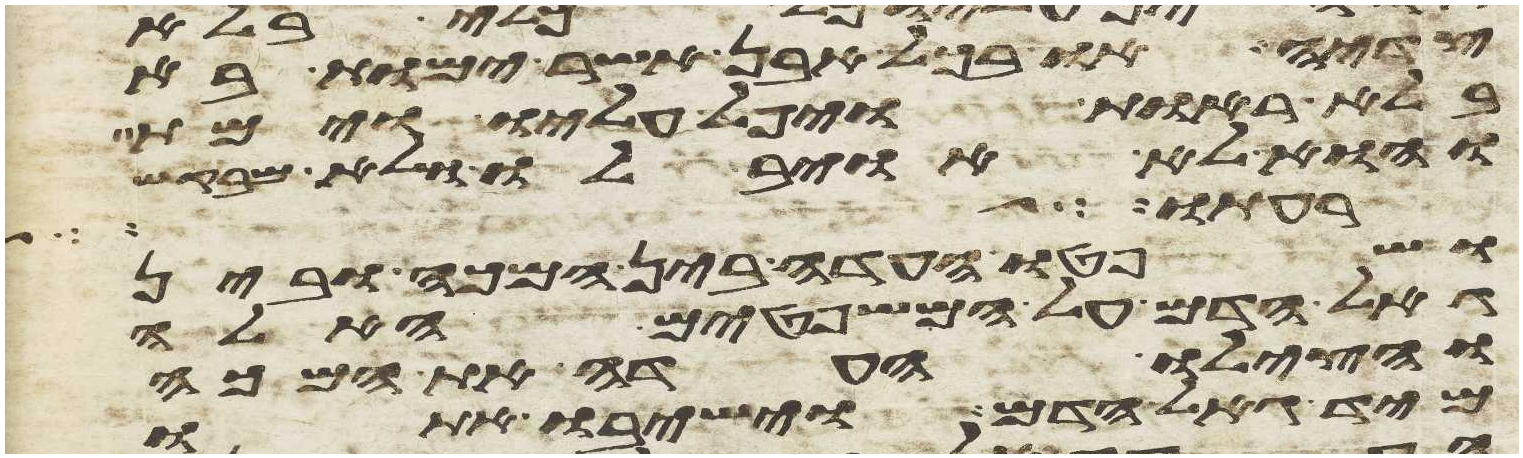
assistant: צדיה או בכל אבן אשר ימות בה
בלא ראות ויפל עליו וימת
והוא לא אויב לו ולא מבקש
לרעהו לשלום
ושפטו העדה בין המכה ובין
גאל הדם על המשפטים האלה
והצילו העדה את המכה
מיד גאל הדם והשיבו אתו